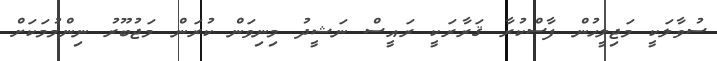
ސުވާލަކީ މަޖިލީހުން ފާސްކުރާ ޤަރާރަކީ ރައީސް ނަޝީދު މިނިވަން ކުރަން މަޖުބޫރު ނިންމުމަކަށް